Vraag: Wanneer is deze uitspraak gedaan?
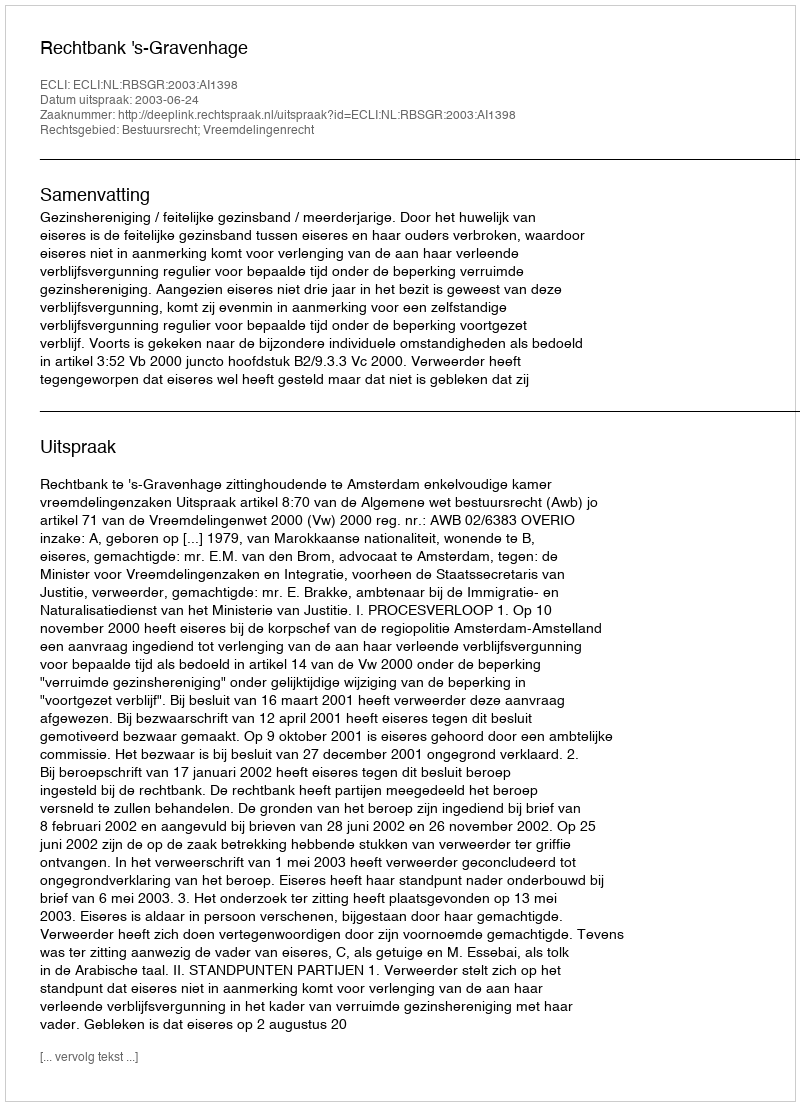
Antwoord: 2003-06-24